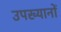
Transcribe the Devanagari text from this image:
उपख्यानों